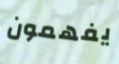
يفهمون